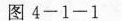
图4-1-1